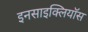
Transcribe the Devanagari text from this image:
इनसाइक्लियॉस